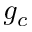
g _ { c }